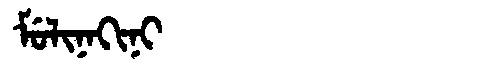
Manchu: ᠮᡠᠯᡳᠨᠠᡴᡳᠨᡳ
Romanization: MULINAKINI